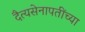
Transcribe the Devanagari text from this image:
दैत्यसेनापतींच्या